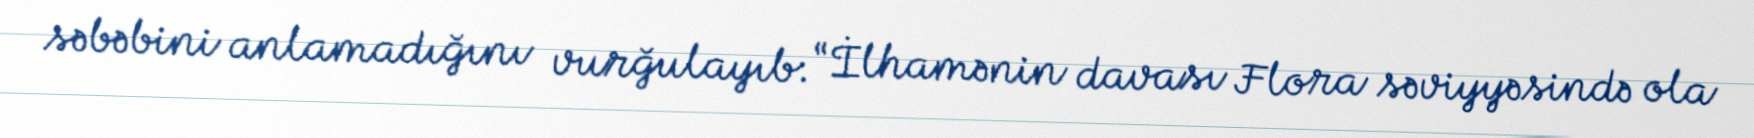
səbəbini anlamadığını vurğulayıb: “İlhamənin davası Flora səviyyəsində ola